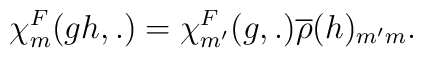
{\chi}^F_m(gh,.) = {\chi}^F_{m'}(g,.) \overline{\rho}(h)_{m'm}.